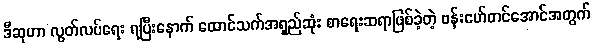
ဒီဆုဟာ လွတ်လပ်ရေး ရပြီးနောက် ထောင်သက်အရှည်ဆုံး စာရေးဆရာဖြစ်ခဲ့တဲ့ ဗန်းမော်တင်အောင်အတွက်